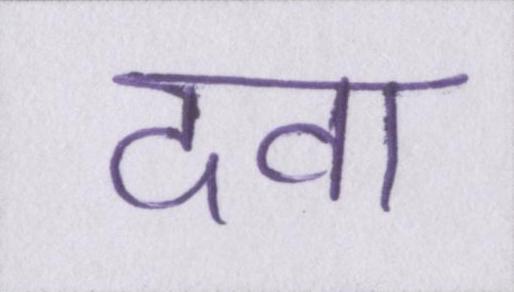
दवा